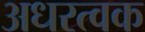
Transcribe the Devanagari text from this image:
अधरत्वक